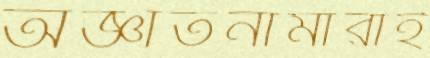
অজ্ঞাতনামারাই